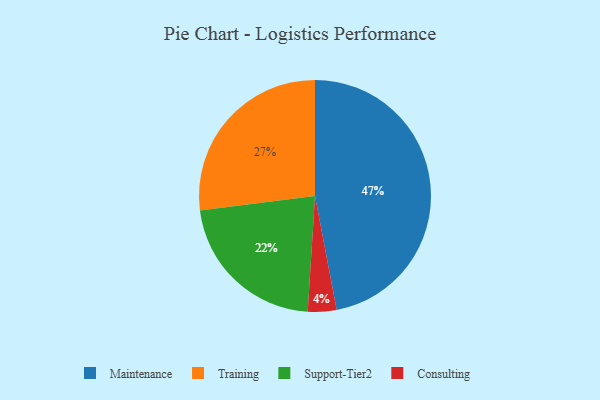
{"axis": {"x": "Category", "y": "Percentage"}, "legend": ["Consulting", "Maintenance", "Support-Tier2", "Training"], "data": [{"x": "Consulting", "y": 4, "type": "Consulting"}, {"x": "Support-Tier2", "y": 22, "type": "Support-Tier2"}, {"x": "Training", "y": 27, "type": "Training"}, {"x": "Maintenance", "y": 47, "type": "Maintenance"}]}